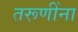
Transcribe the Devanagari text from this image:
तरूणींना